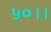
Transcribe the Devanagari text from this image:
५०।।